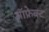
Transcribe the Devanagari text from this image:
ऑफ्रेक्ट